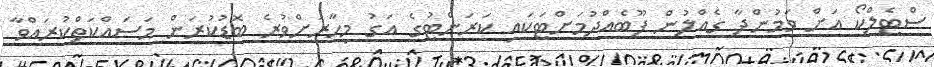
ސްޓެލްކޯ އަށް ވަމުންދާ ގެއްލުން ފޫބެއްދުމަށްޓަކައި ކަރަންޓުގެ އަގު މިހާރަށްވުރެ ބޮޑުކުރަން މަސައްކަތްކުރައްވާ